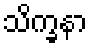
သိက္ခနာ